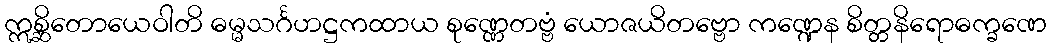
ဣစ္ဆိတောယေဝါတိ ဓမ္မသင်္ဂဟဋ္ဌကထာယ စုဏ္ဏေတဗ္ဗံ ယောဇယိတဗ္ဗော ကဏ္ဍေန စိတ္တနိရောဓက္ခဏေ